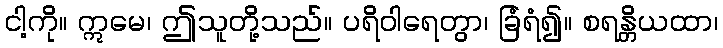
ငါ့ကို။ ဣမေ၊ ဤသူတို့သည်။ ပရိဝါရေတွာ၊ ခြံရံ၍။ စရန္တိယထာ၊